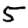
Digit: 5